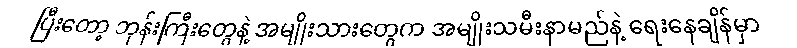
ပြီးတော့ ဘုန်းကြီးတွေနဲ့ အမျိုးသားတွေက အမျိုးသမီးနာမည်နဲ့ ရေးနေချိန်မှာ